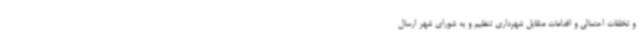
و تخلفات احتمالی و اقدامات متقابل شهرداری تنظیم و به شورای شهر ارسال